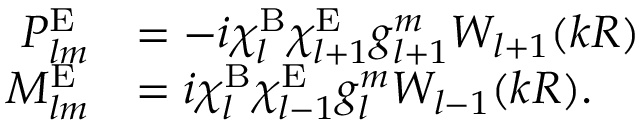
\begin{array} { r l } { P _ { l m } ^ { \mathrm { E } } } & { = - i \chi _ { l } ^ { \mathrm { B } } \chi _ { l + 1 } ^ { \mathrm { E } } g _ { l + 1 } ^ { m } W _ { l + 1 } ( k R ) } \\ { M _ { l m } ^ { \mathrm { E } } } & { = i \chi _ { l } ^ { \mathrm { B } } \chi _ { l - 1 } ^ { \mathrm { E } } g _ { l } ^ { m } W _ { l - 1 } ( k R ) . } \end{array}